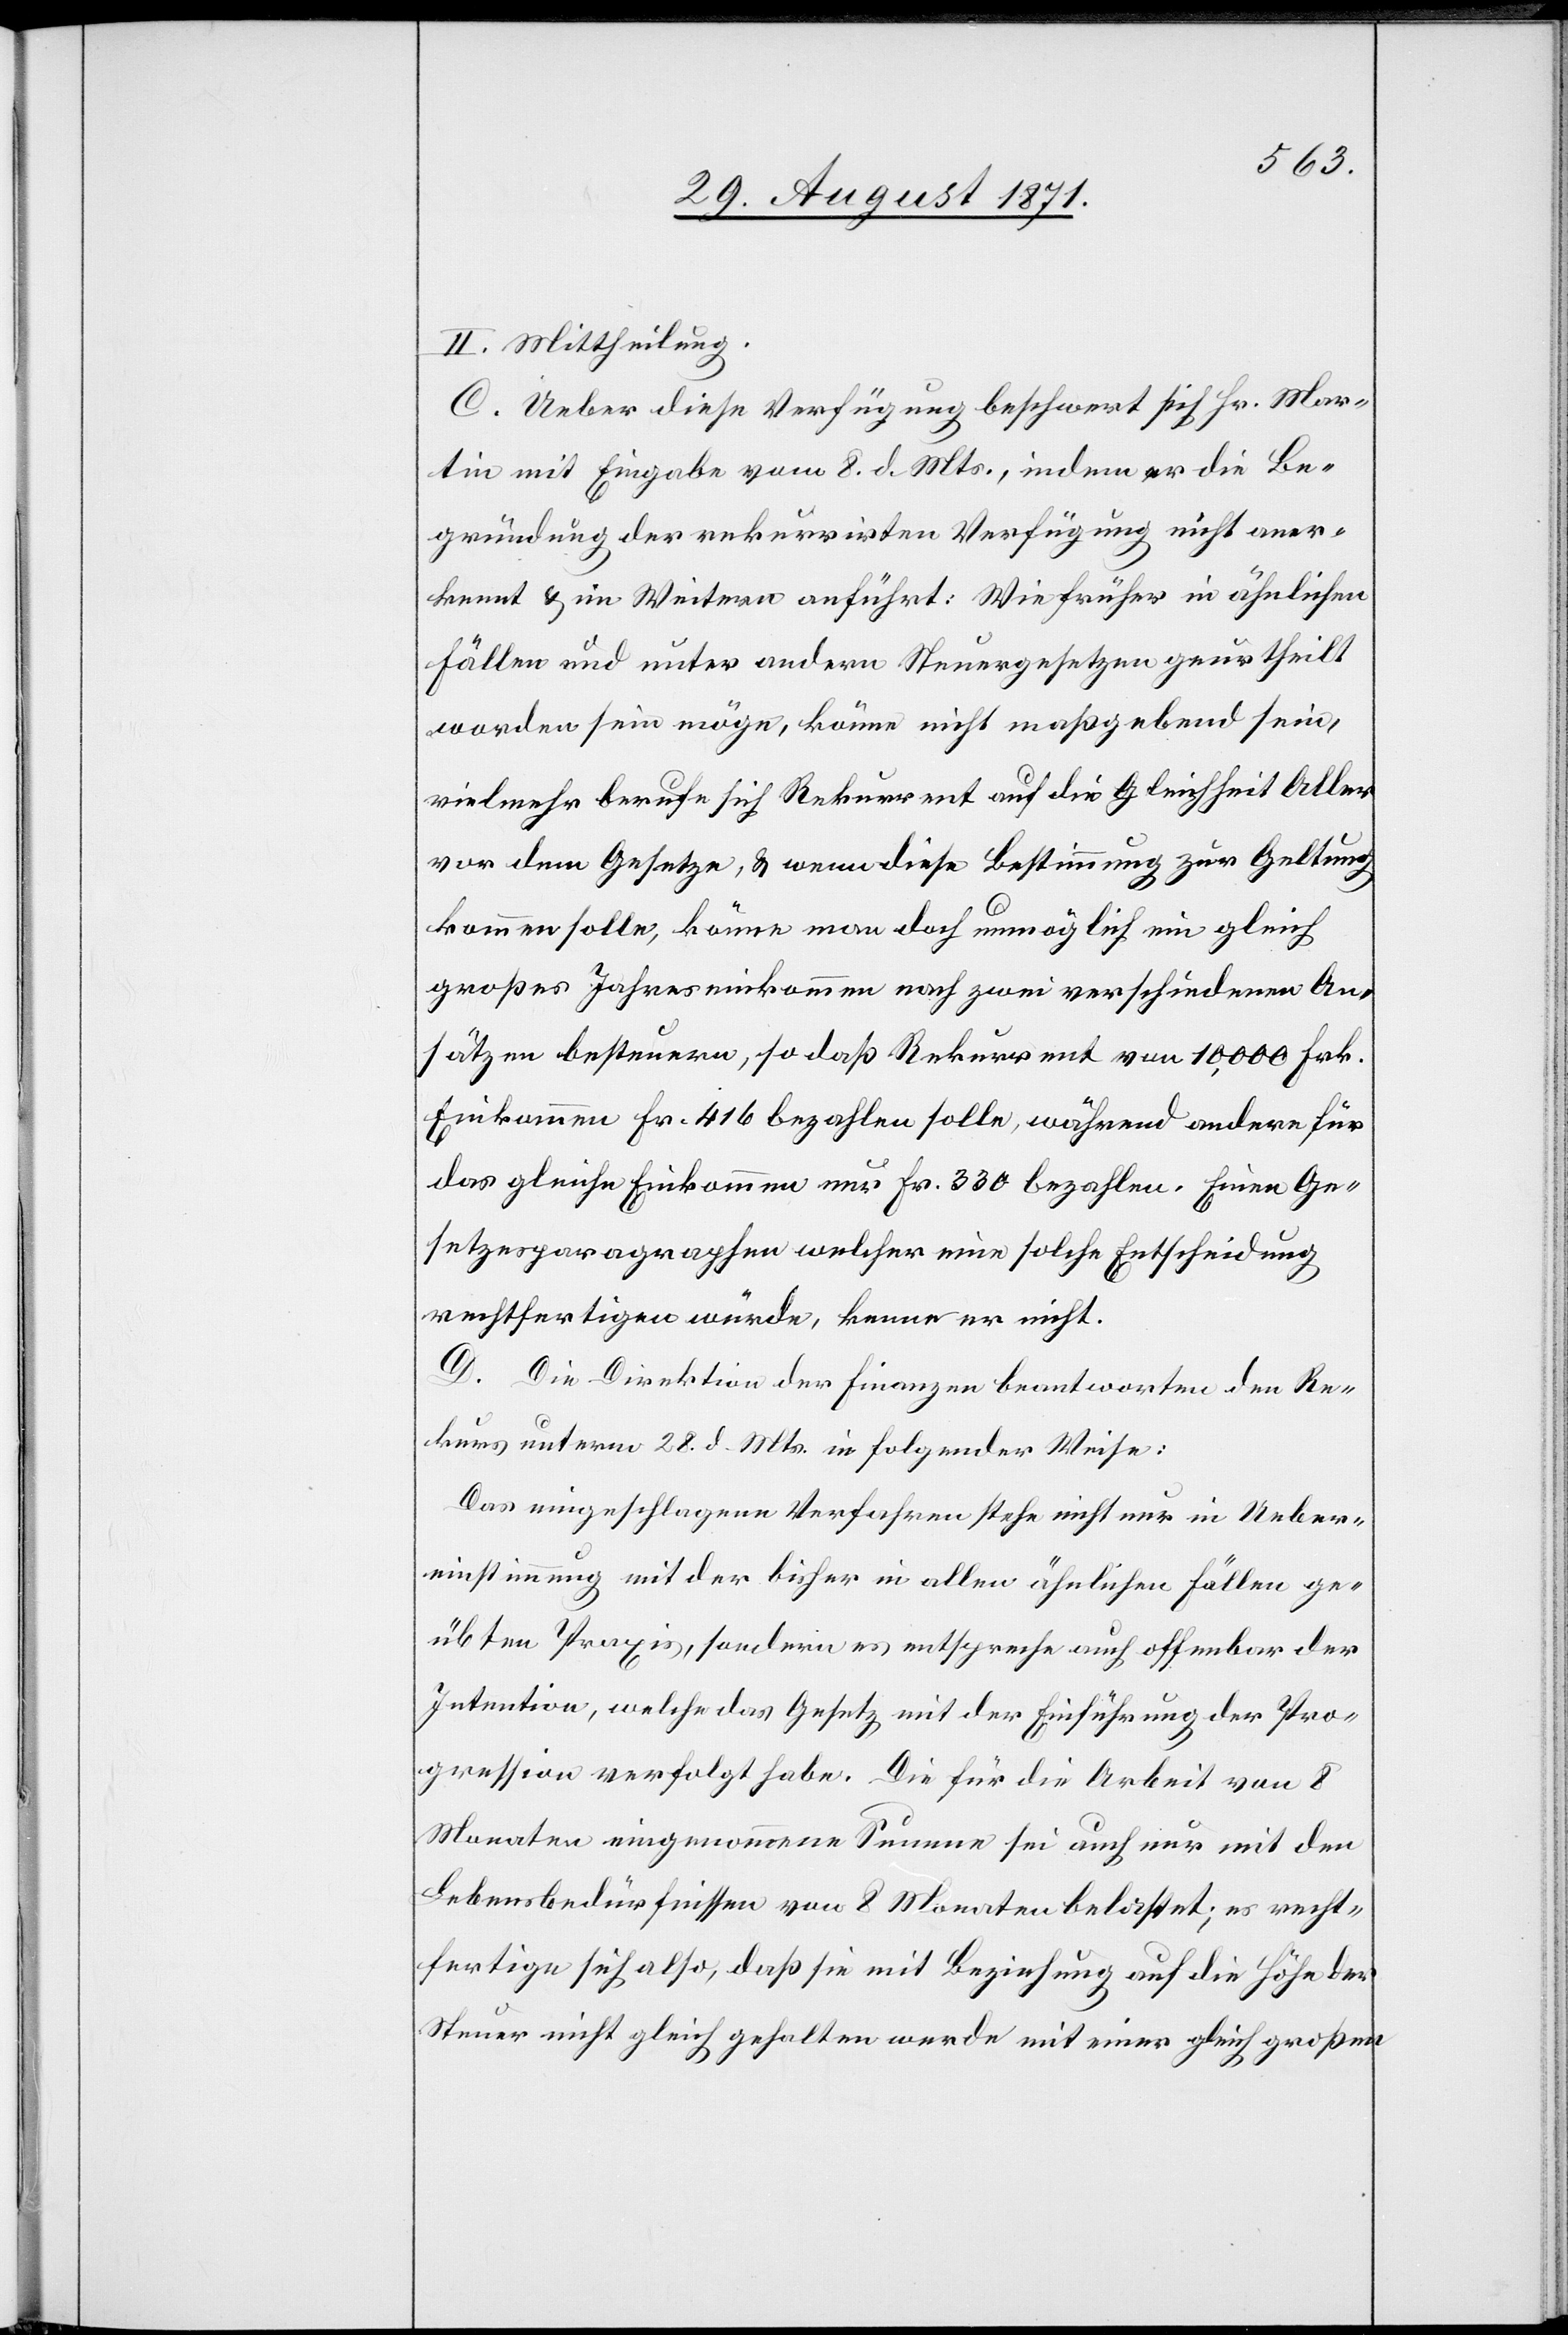
II. Mittheilung.
C. Ueber diese Verfügung beschwert sich Hr. Mar¬
tin mit Eingabe vom 8. d. Mts., indem er die Be¬
gründung der rekurrirten Verfügung nicht aner¬
kennt & im Weiteren anführt: Wie früher in ähnlichen
Fällen und unter andern Steuergesetzen geurtheilt
worden sein möge, könne nicht maßgebend sein,
vielmehr berufe sich Rekurrent auf die Gleichheit Aller
vor dem Gesetze, & wenn diese Bestimmung zur Geltung
kommen solle, könne man doch unmöglich ein gleich
großes Jahreseinkommen nach zwei verschiedenen An¬
sätzen besteuern, so daß Rekurrent von 10,000 Frk.
Einkommen Fr. 416 bezahlen solle, während andere für
das gleiche Einkommen nur Fr. 330 bezahlen. Einen Ge¬
setzesparagraphen welcher eine solche Entscheidung
rechtfertigen würde, kenne er nicht.
D. Die Direktion der Finanzen beantworte den Re¬
kurs unterm 28. d. Mts. in folgender Weise:
Das eingeschlagene Verfahren stehe nicht nur in Ueber¬
einstimmung mit der bisher in allen ähnlichen Fällen ge¬
übten Praxis, sondern es entspreche auch offenbar der
Intention, welche das Gesetz mit der Einführung der Pro¬
gression verfolgt habe. Die für die Arbeit von 8
Monaten sinngemässe Summe sei auch nur mit den
Lebensbedürfnissen von 8 Monaten belastet; es recht¬
fertige sich also, daß sie mit Beziehung auf die Höhe der
Steuer nicht gleich gehalten wurde mit einer gleich großen